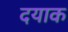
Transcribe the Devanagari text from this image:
दयाक